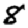
Digit: 8